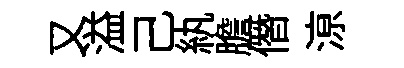
又溢己紈膽僭鿌